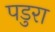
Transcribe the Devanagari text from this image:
पडुरा